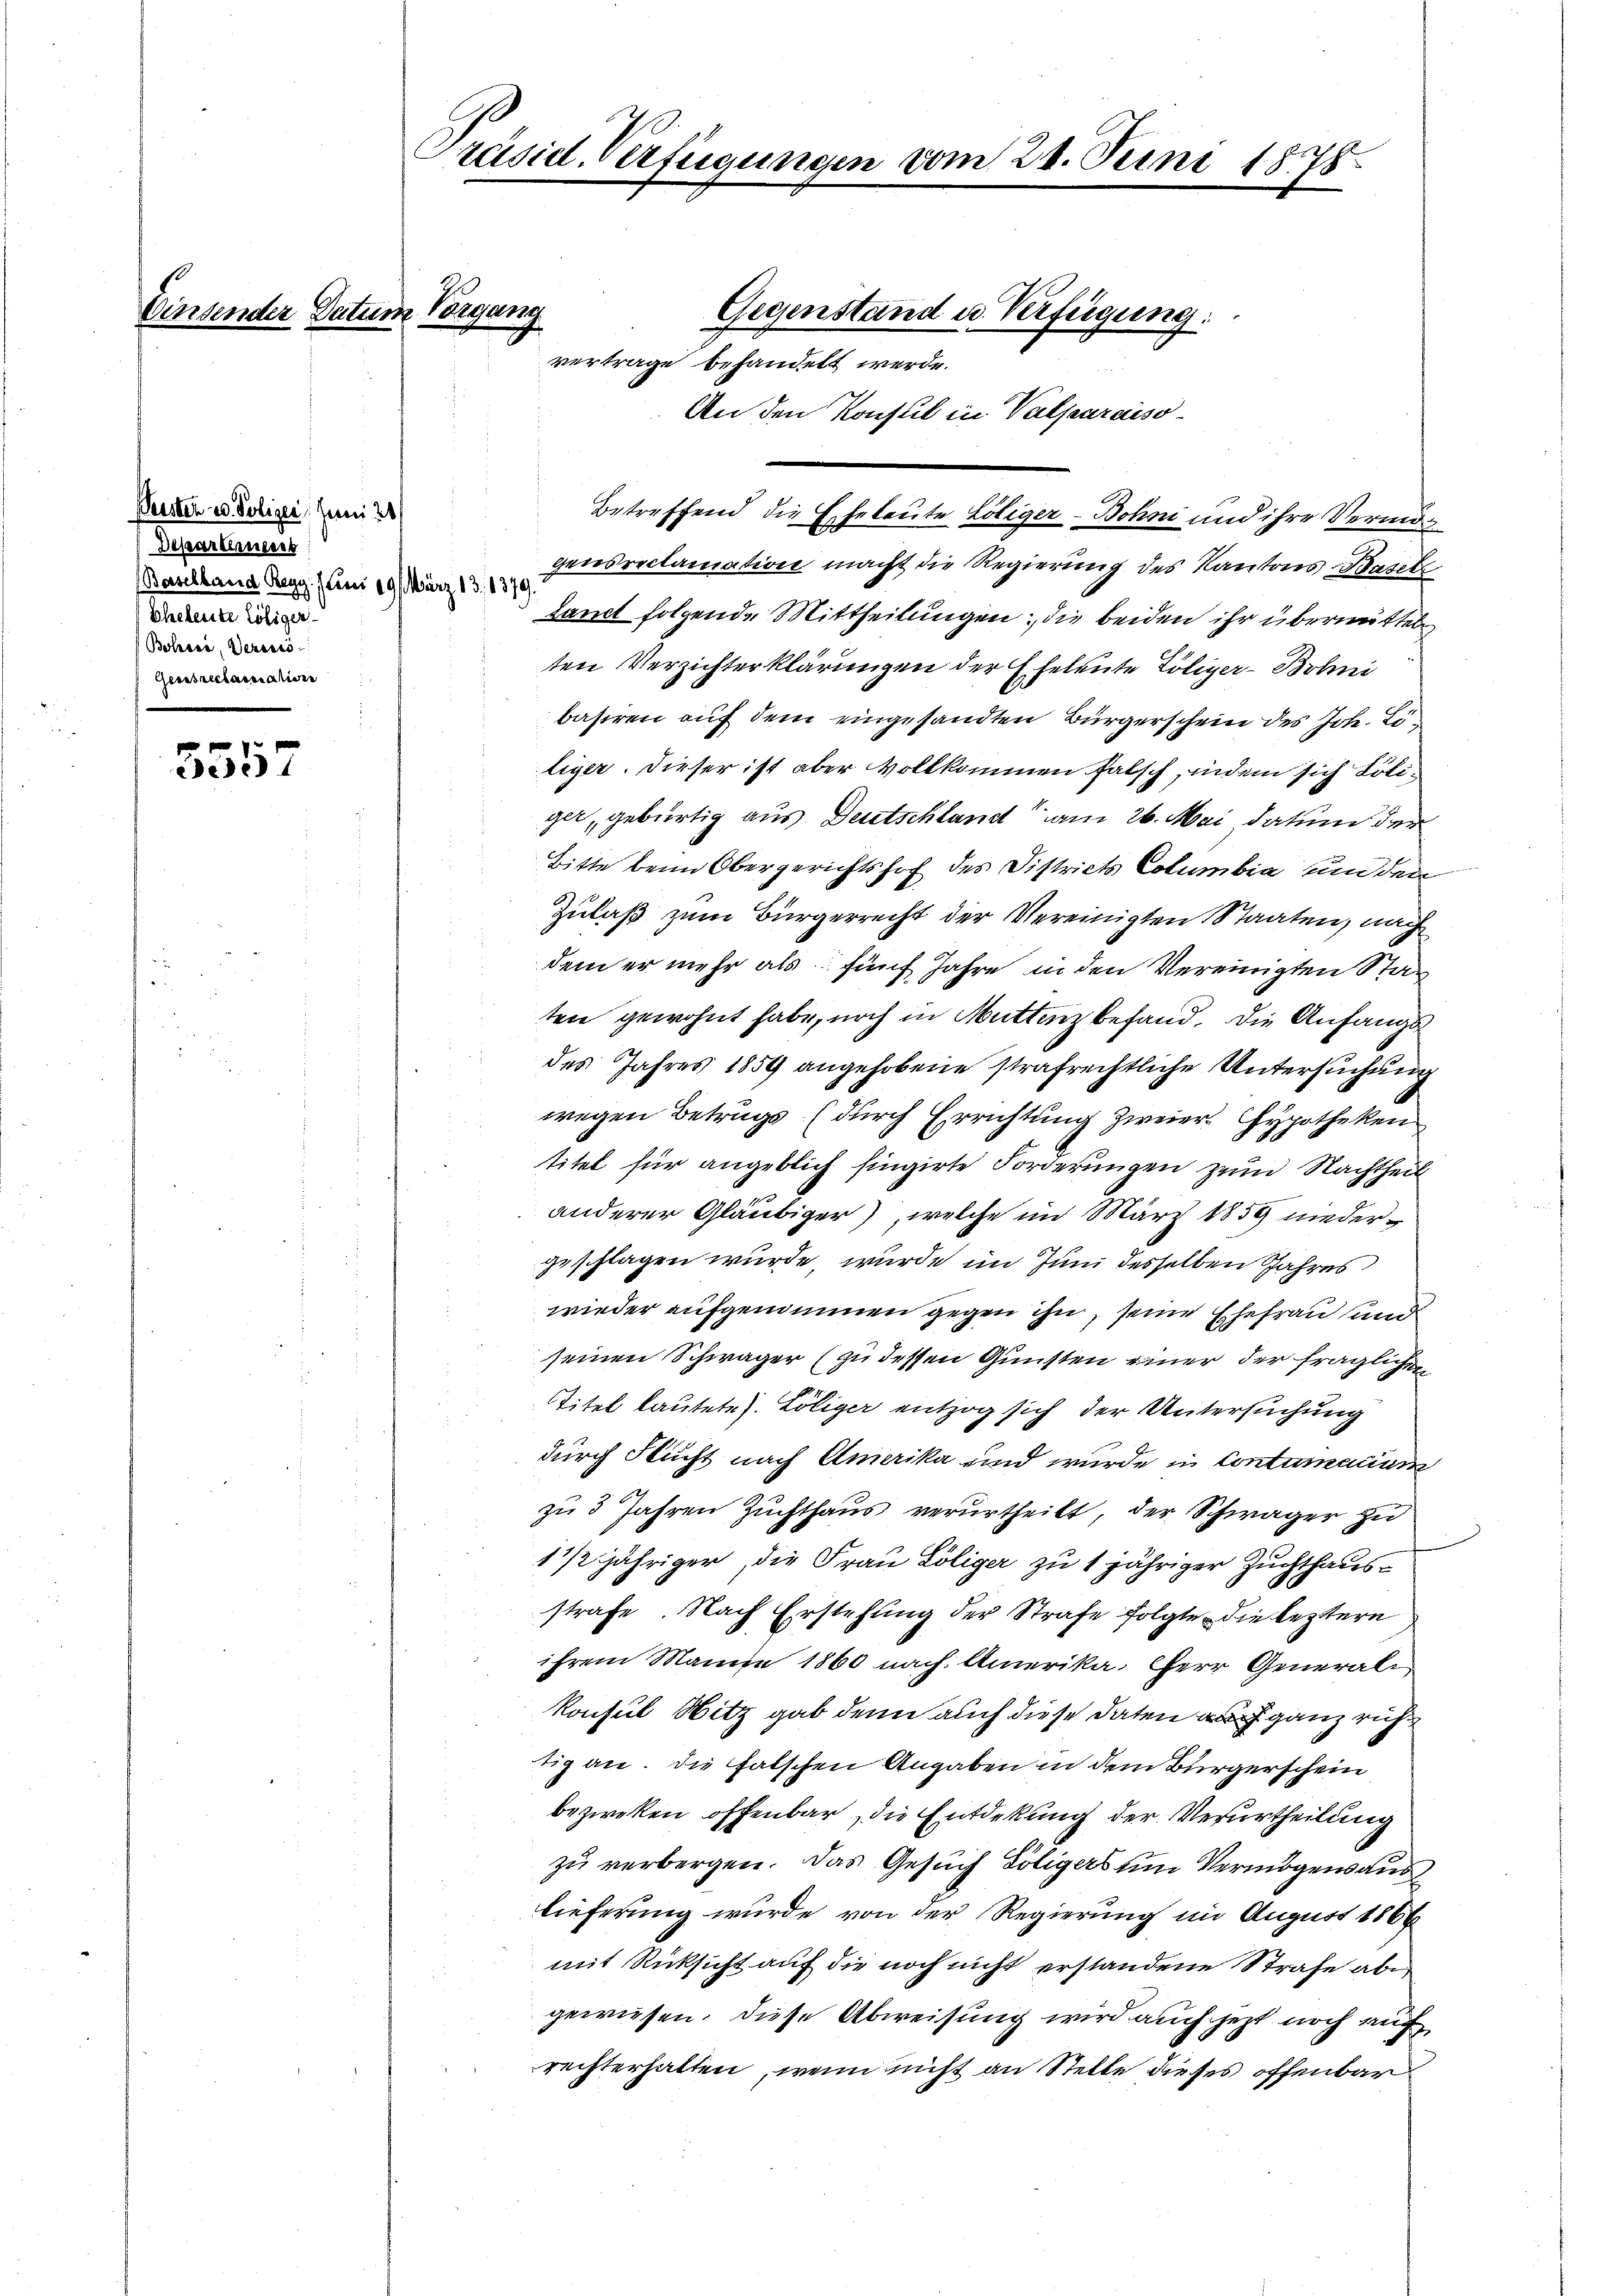
Vinsender Datum Vorgang

3557

Peister ev. Polizei, Juni 20
Departement
Baselland Regg. Juni 19 März 13. 1370
Eheleute Lösiger
Boloci, Veresso¬
Geestreclamatione

räsidl-Verfügungen vom 28. Juni 1878

vertrage behandelt werde.
Betreffend die Eheleute Löliger-Bohni und ihre Vermögensreclamation macht die Regierung des Kantons Basel
kamt folgende Mittheilungen; die beiden ihr übermittel
ten Verzichterklärungen der Eheleute Löliger-Bolni
basiren auf dem eingesandten Bürgerschein des Joh. Löliger. Dieser ist aber Vollkommen falsch, indem sich Poliger, gebürtig aus Deutschland am 26. Mai datum der
Bitte beim Obergerichtshof des Districts Columbia un den
Zulaß zum Bürgerrecht der Vereinigten Staaten, nach
dem er mehr als fünf Jahre in den Vereinigten Stat
ten gewohnt habe, noch in Muttenz befand. Die Anfangs
des Jahres 1859 angehobene strafrechtliche Untersuchung
wegen Betrugs (durch Errichtung zweier Hypotheken
titel für angeblich fingirte Forderungen zum Nachtheil
anderer Gläubiger), welche im März 1859 niedergeschlagen wurde, wurde im Juni desselben Jahres
wieder aufgenommen gegen ihn, seine Ehefrau und
seinen Schwäger (zu dessen Gunsten einer der fraglichen
Titel lautete). Löliger entzog sich der Untersuchung
durch Flucht nach Amerika und wurde in Contumacium
zu 3 Jahren Zuchthaus verurtheilt, der Schwäger zu
1 1/2 jähriger, die Frau Löliger zu 1 jähriger Zuchthausstrafe. Nach Erstehung der Strafe folgte die leztern
ihrem Manne 1860 nach Amerika, Herr Generali
konsul Hitz gab denn auch diese Daten ganz ruh
tig an. Die falschen Angaben in dem Bürgerschein
bezweken offenbar, die Entdekung der Verurtheilung
zu verbergen. Das Gesuch Soliges um Vermögensaus
lieferung wurde von der Regierung im August 1866
mit Rücksicht auf die noch nicht erstandene Strafe abe
gewiesen; diese Abweisung wird auch jetzt noch auf
rechterhalten, wenn nicht an Stelle dieses offenbar

Gegenstand u. Verfügung:
An den Konsul in Valparaiso¬